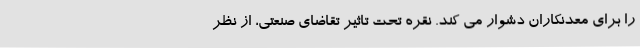
را برای معدنکاران دشوار می کند. نقره تحت تاثیر تقاضای صنعتی، از نظر